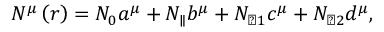
N ^ { \mu } \left( r \right) = N _ { 0 } a ^ { \mu } + N _ { \parallel } b ^ { \mu } + N _ { \perp 1 } c ^ { \mu } + N _ { \perp 2 } d ^ { \mu } ,